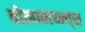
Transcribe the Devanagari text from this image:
वोलान्त्य्न्य्स